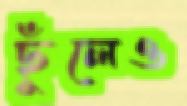
ছুঁলেও